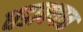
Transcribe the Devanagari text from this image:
धडाक्‍यात